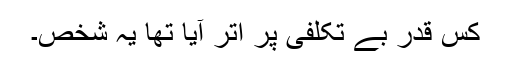
کس قدر بے تکلفی پر اتر آیا تھا یہ شخص۔